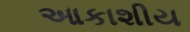
આકાશીય